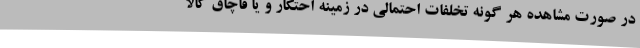
در صورت مشاهده هر گونه تخلفات احتمالی در زمینه احتکار و یا قاچاق کالا